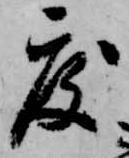
度